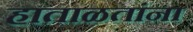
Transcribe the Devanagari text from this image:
हाताळतांना